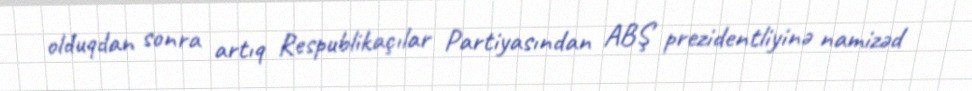
olduqdan sonra artıq Respublikaçılar Partiyasından ABŞ prezidentliyinə namizəd